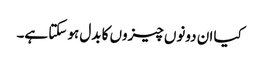
کیا ان دونوں چیزوں کا بدل ہو سکتا ہے۔